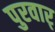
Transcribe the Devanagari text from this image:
पुरवार्